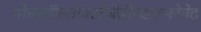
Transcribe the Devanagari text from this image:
नोनानॉयलॉक्सीबेंज़ीनसल्फोनेट